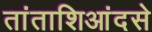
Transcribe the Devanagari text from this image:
तांताशिआंदसे